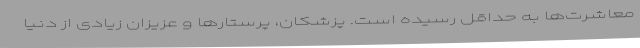
معاشرت‌ها به حداقل رسیده است. پزشکان، پرستارها و عزیزان زیادی از دنیا